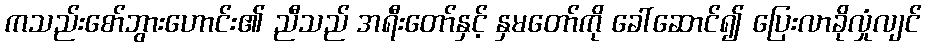
ကသည်းစော်ဘွားဟောင်း၏ ညီသည် အရီးတော်နှင့် နှမတော်ကို ခေါ်ဆောင်၍ ပြေးလာခိုလှုံလျင်